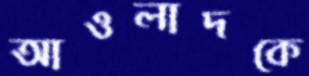
আওলাদকে